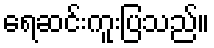
ရေဆင်းကူးပြသည်။